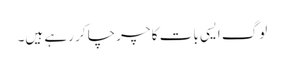
لوگ ایسی بات کا چرچا کر رہے ہیں۔